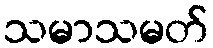
သမာသမတ်